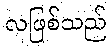
လဖြစ်သည်